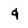
Character: q